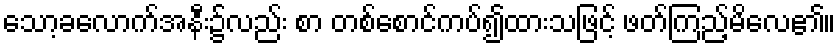
သော့ခလောက်အနီး၌လည်း စာ တစ်စောင်ကပ်၍ထားသဖြင့် ဖတ်ကြည့်မိလေ၏။